Indian journal of veterinary science and animal husbandry - Volume 14,
Year: 1944
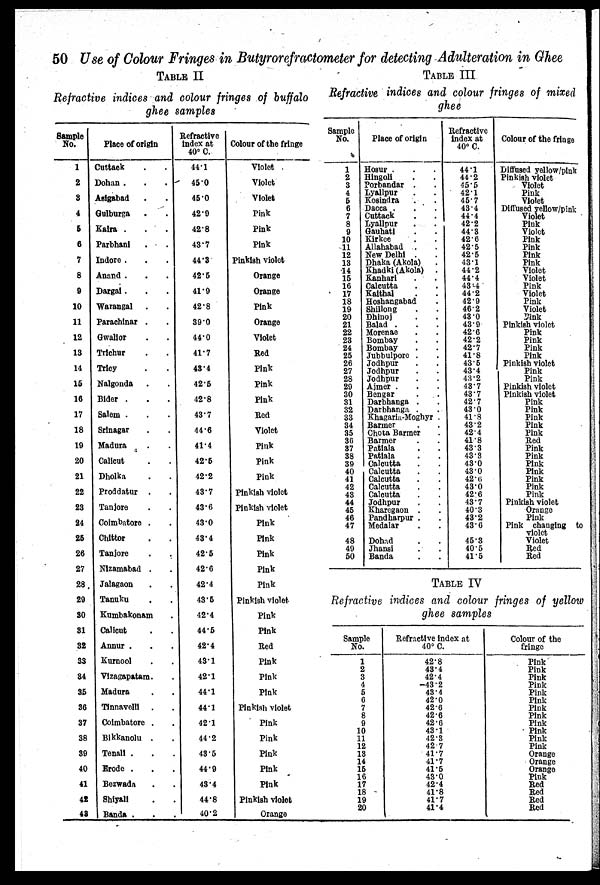
50 Use of Colour Fringes in Butyrorefractometer for detecting Adulteration in Ghee
TABLE II
Refractive indices and colour fringes of buffalo
ghee samples
Sample
No.
1
2
3
4
5
6
7
8
9
10
11
12
13
14
15
16
17
18
19
20
21
22
23
24
25
26
27
28
29
30
31
32
33
34
35
36
37
38
39
40
41
42
43
Place of origin
Cuttack . .
Dohan . . .
Asigabad . .
Gulburga . .
Kaira . . .
Parbhani . .
Indore . . .
Anand . . .
Dargai . . .
Warangal . .
Parachinar . .
Gwalior . .
Trichur . .
Tricy . .
Nalgonda . .
Bider . . .
Salem . . .
Srinagar . .
Madura . .
Calicut . .
Dholka . .
Proddatur . .
Tanjore . .
Coimbatore . .
Chittor . .
Tanjore
.
.
Nizamabad . .
Jalagaon . .
Tanuku . .
Kumbakonam .
Calicut . .
Annur . . .
Kurnool . .
Vizagapatam. .
Madura . .
Tinnavelli . .
Coimbatore . .
Bikkanolu . .
Tenali . . .
Erodc . . .
Bezwada . .
Shiyall . .
Banda . . .
Refractive
index at
40° C.
44.1
45.0
45.0
42.9
42.8
43.7
44.3
42.5
41.9
42.8
39.0
44.0
41.7
43.4
42.5
42.8
43.7
44.6
41.4
42.5
42.2
43.7
43.6
43.0
43.4
42.5
42.6
42.4
43.5
42.4
44.5
42.4
43.1
42.1
44.1
44.1
42.1
44.2
435
44.9
43.4
44.8
40.2
Colour of the fringe
Violet
Violet
Violet
Pink
Pink
Pink
Pinkish violet
Orange
Orange
Pink
Orange
Violet
Red
Pink
Pink
Pink
Red
Violet
Pink
Pink
Pink
Pinkish violet
Pinkish violet
Pink
Pink
Pink
Pink
Pink
Pinkish violet
Pink
Pink
Red
Pink
Pink
Pink
Pinkish violet
Pink
Pink
Pink
Pink
Pink
Pinkish violet
Orange
TABLE III
Refractive indices and colour fringes of mixed
ghee
Sample
No.
1
2
3
4
5
6
7
8
9
10
11
12
13
14
15
16
17
18
19
20
21
22
23
24
25
26
27
28
29
30
31
32
33
34
35
36
37
38
39
40
41
42
43
44
45
46
47
48
49
50
Place of origin
Hosur . . .
Hingoli . .
Porbandar . .
Lyallpur . .
Kosindra . .
Dacca . . .
Cuttack . .
Lyallpur . .
Gauhati . .
Kirkee . .
Allahabad . .
New Delhi . .
Dhaka (Akola) .
Khadki (Akola) .
Kanhari . .
Calcutta . .
Kaithal . .
Hoshangabad .
Shillong . .
Dhinoj . .
Balad . . .
Morenae . .
Bombay . .
Bombay . .
Jubbulpore . .
Jodhpur . .
Jodhpur . .
Jodhpur . .
Ajmer . . .
Bengar . .
Darbhanga . .
Darbhanga . .
Khagaria-Moghyr .
Barmer . .
Chota Barmer .
Barmer . .
Patiala . .
Patiala . .
Calcutta . .
Calcutta . .
Calcutta . .
Calcutta . .
Calcutta . .
Jodhpur . .
Kharegaon . .
Pandharpur . .
Medalar . .
Dohad . .
Jhansi . .
Banda . .
Refractive
index at
40° C.
44.1
44.2
45.5
42.1
45.7
43.4
44.4
42.2
44.3
42.6
42.5
42.5
43.1
44.2
44.4
43.4
44.2
42.9
46.2
43.0
43.9
42.6
42.2
42.7
41.8
43.5
43.4
43.2
43.7
43.7
42.7
43.0
41.8
43.2
42.4
41.8
43.3
43.3
43.0
43.0
42.6
43.0
42.6
43.7
40.3
43.2
43.6
45.3
40.5
41.5
Colour of the fringe
Diffused yellow/pink
Pinkish violet
Violet
Pink
Violet
Diffused yellow/pink
Violet
Pink
Violet
Pink
Pink
Pink
Pink
Violet
Violet
Pink
Violet
Pink
Violet
Pink
Pinkish violet
Pink
Pink
Pink
Pink
Pinkish violet
Pink
Pink
Pinkish violet
Pinkish violet
Pink
Pink
Pink
Pink
Pink
Red
Pink
Pink
Pink
Pink
Pink
Pink
Pink
Pinkish violet
Orange
Pink
Pink changing to
violet
Violet
Red
Red
TABLE IV
Refractive indices and colour fringes of yellow
ghee samples
Sample
No.
1
2
3
4
5
6
7
8
9
10
11
12
13
14
15
16
17
18
19
20
Refractive Index at
40° C.
42.8
43.4
42.4
43.2
43.4
42.0
42.6
42.6
42.6
43.1
42.3
42.7
41.7
41.7
41.5
43.0
42.4
41.8
41.7
41.4
Colour of the
fringe
Pink
Pink
Pink
Pink
Pink
Pink
Pink
Pink
Pink
Pink
Pink
Pink
Orange
Orange
Orange
Pink
Red
Red
Red
Red